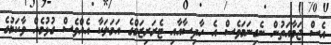
އެސް ޖަމާއަތުން ނެގިނަމަވެސް އެ ހާދިސާއާއި ޓެރަރިޒަމްގެ އަމަލަކާ އެއްވެސް ގުޅުމެއް ވާކަމުގެ